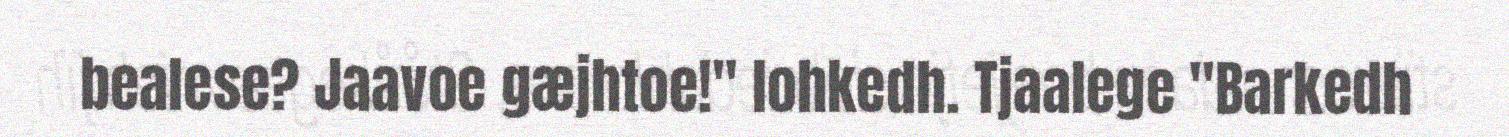
bealese? Jaavoe gæjhtoe!" lohkedh. Tjaalege "Barkedh